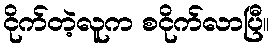
ငိုက်တဲ့လူက စငိုက်လာပြီ။